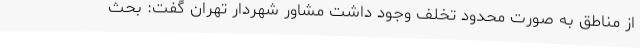
از مناطق به صورت محدود تخلف وجود داشت مشاور شهردار تهران گفت: بحث